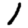
Digit: 1